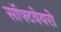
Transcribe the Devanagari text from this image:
सॉफ्टवेयरो